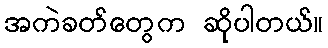
အကဲခတ်တွေက ဆိုပါတယ်။